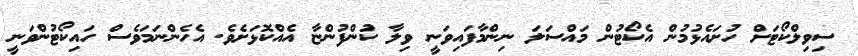
ސިވިލްކޯޓަށް ހުށައެޅުމުން އެކޯޓުން މައްސަލަ ނިންމާފައިވަނީ ވިލާ ކުންފުންޏާ އެއްކޮޅަށެވެ. އެހެންނަމަވެސް ހައިކޯޓުންވަނީ